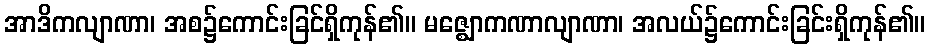
အာဒိကလျာဏာ၊ အစ၌ကောင်းခြင်ရှိကုန်၏။ မဇ္ဈောကဏာလျာဏာ၊ အလယ်၌ကောင်းခြင်းရှိကုန်၏။